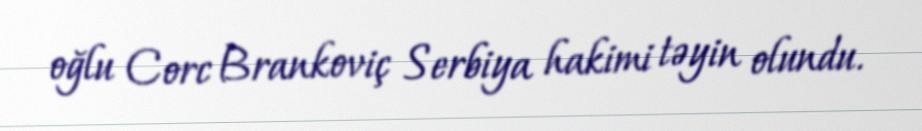
oğlu Corc Brankoviç Serbiya hakimi təyin olundu.